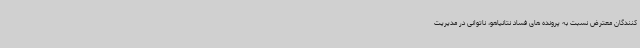
کنندگان معترض نسبت به پرونده های فساد نتانیاهو، ناتوانی در مدیریت